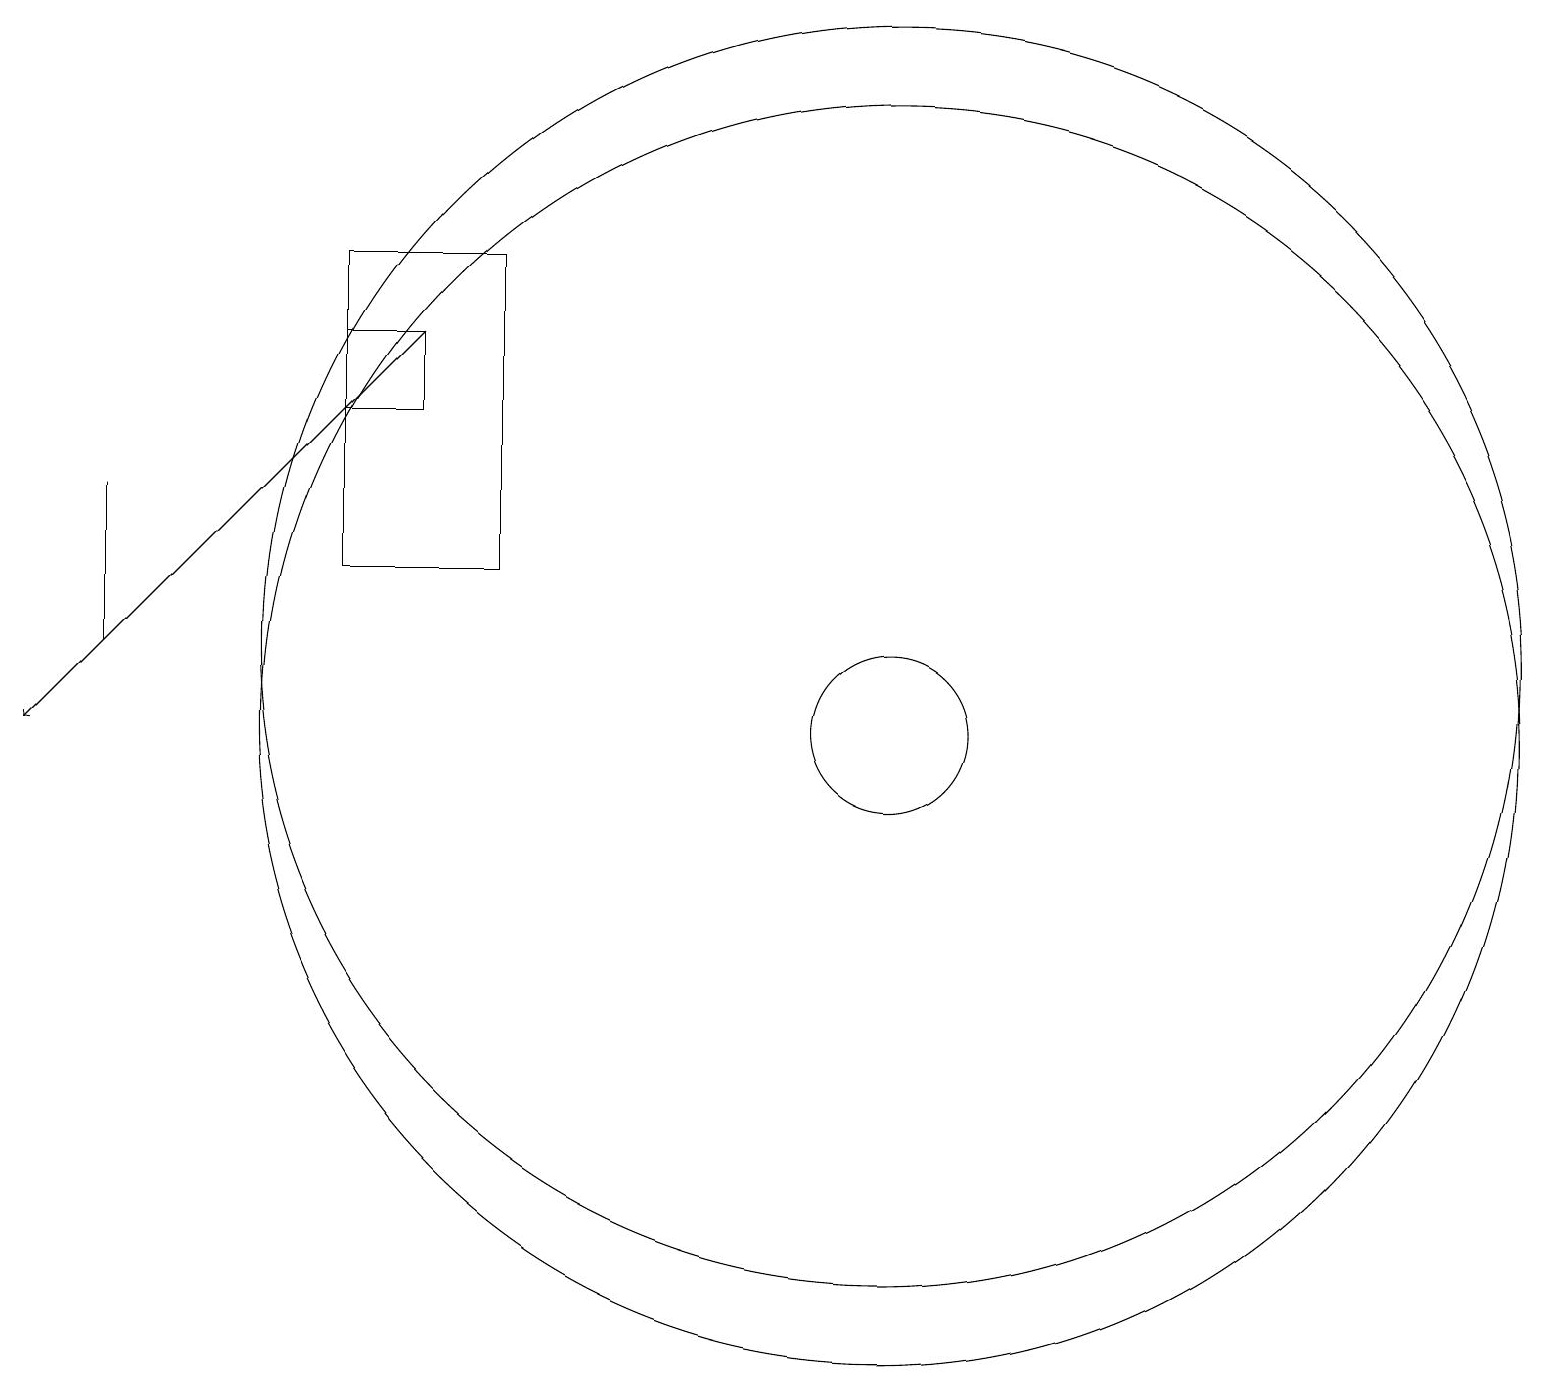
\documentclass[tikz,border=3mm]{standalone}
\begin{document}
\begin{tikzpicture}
\draw (11,10) circle (8);
\draw (6,16) rectangle (4,12);
\draw (11,10) circle (1);
\draw (1,13) rectangle (1,11);
\draw (11,11) circle (8);
\draw (5,14) rectangle (4,15);
\draw[->] (5,15) -- (0,10);
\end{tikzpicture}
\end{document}